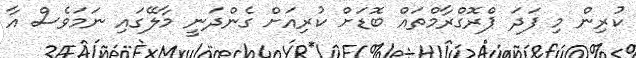
ކުރިން މި ފަދަ ޕްރޮގްރާމްތައް ބޮޑަށް ކުރިއަށް ގެންދަނީ މާލޭގައި ނަމަވެސް އާ